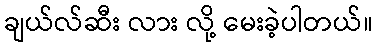
ချယ်လ်ဆီး လား လို့ မေးခဲ့ပါတယ်။